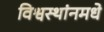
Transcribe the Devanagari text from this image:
विश्वस्थांनमधे